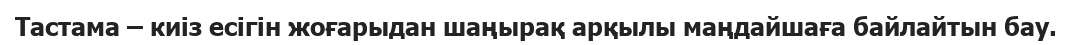
Тастама – киіз есігін жоғарыдан шаңырақ арқылы маңдайшаға байлайтын бау.